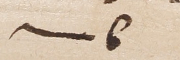
كاتب